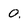
Character: 0